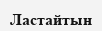
Ластайтын